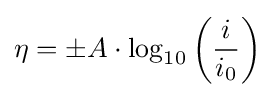
{\displaystyle \eta =\pm A\cdot \log _{10}\left({\frac {i}{i_{0}}}\right)}